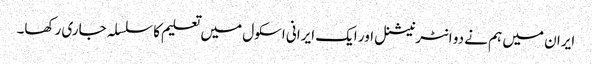
ایران میں ہم نے دو انٹرنیشنل اور ایک ایرانی اسکول میں تعلیم کا سلسلہ جاری رکھا۔